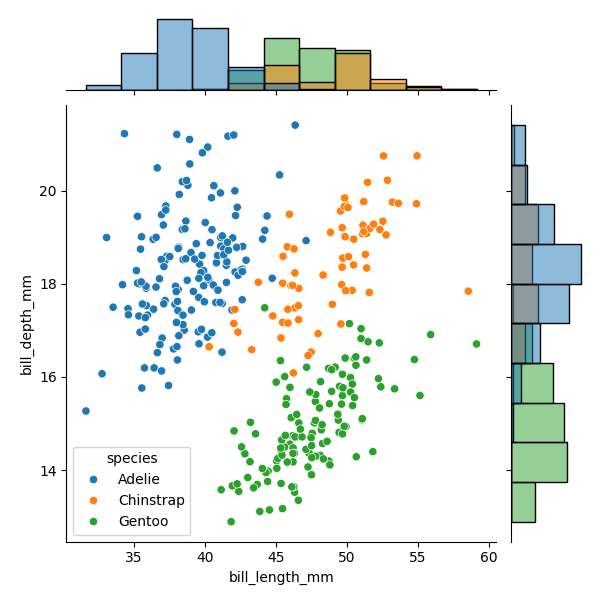
python, seaborn, JointGrid, scatterplot, histplot, hue